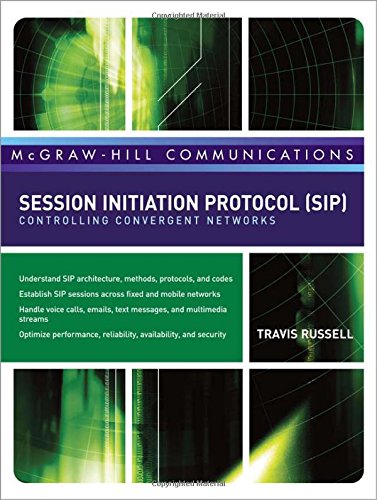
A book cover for Session Initiation Protocol (SIP): Controlling Convergent Networks (McGraw-Hill Communication Series); Travis Russell; Computers & Technology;